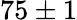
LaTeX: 75\pm 1